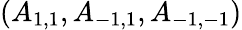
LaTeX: (A_{1,1},A_{-1,1},A_{-1,-1})